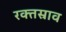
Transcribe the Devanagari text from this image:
रक्‍तस्राव